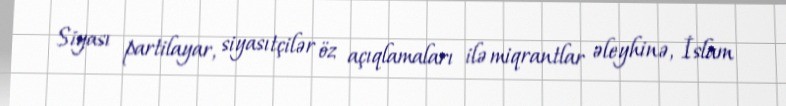
Siyası partilayar, siyasıtçilər öz açıqlamaları ilə miqrantlar əleyhinə, İslam